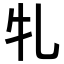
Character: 𭷓